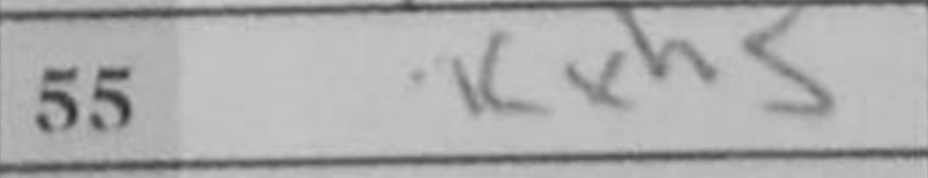
Transcription: Kxh5